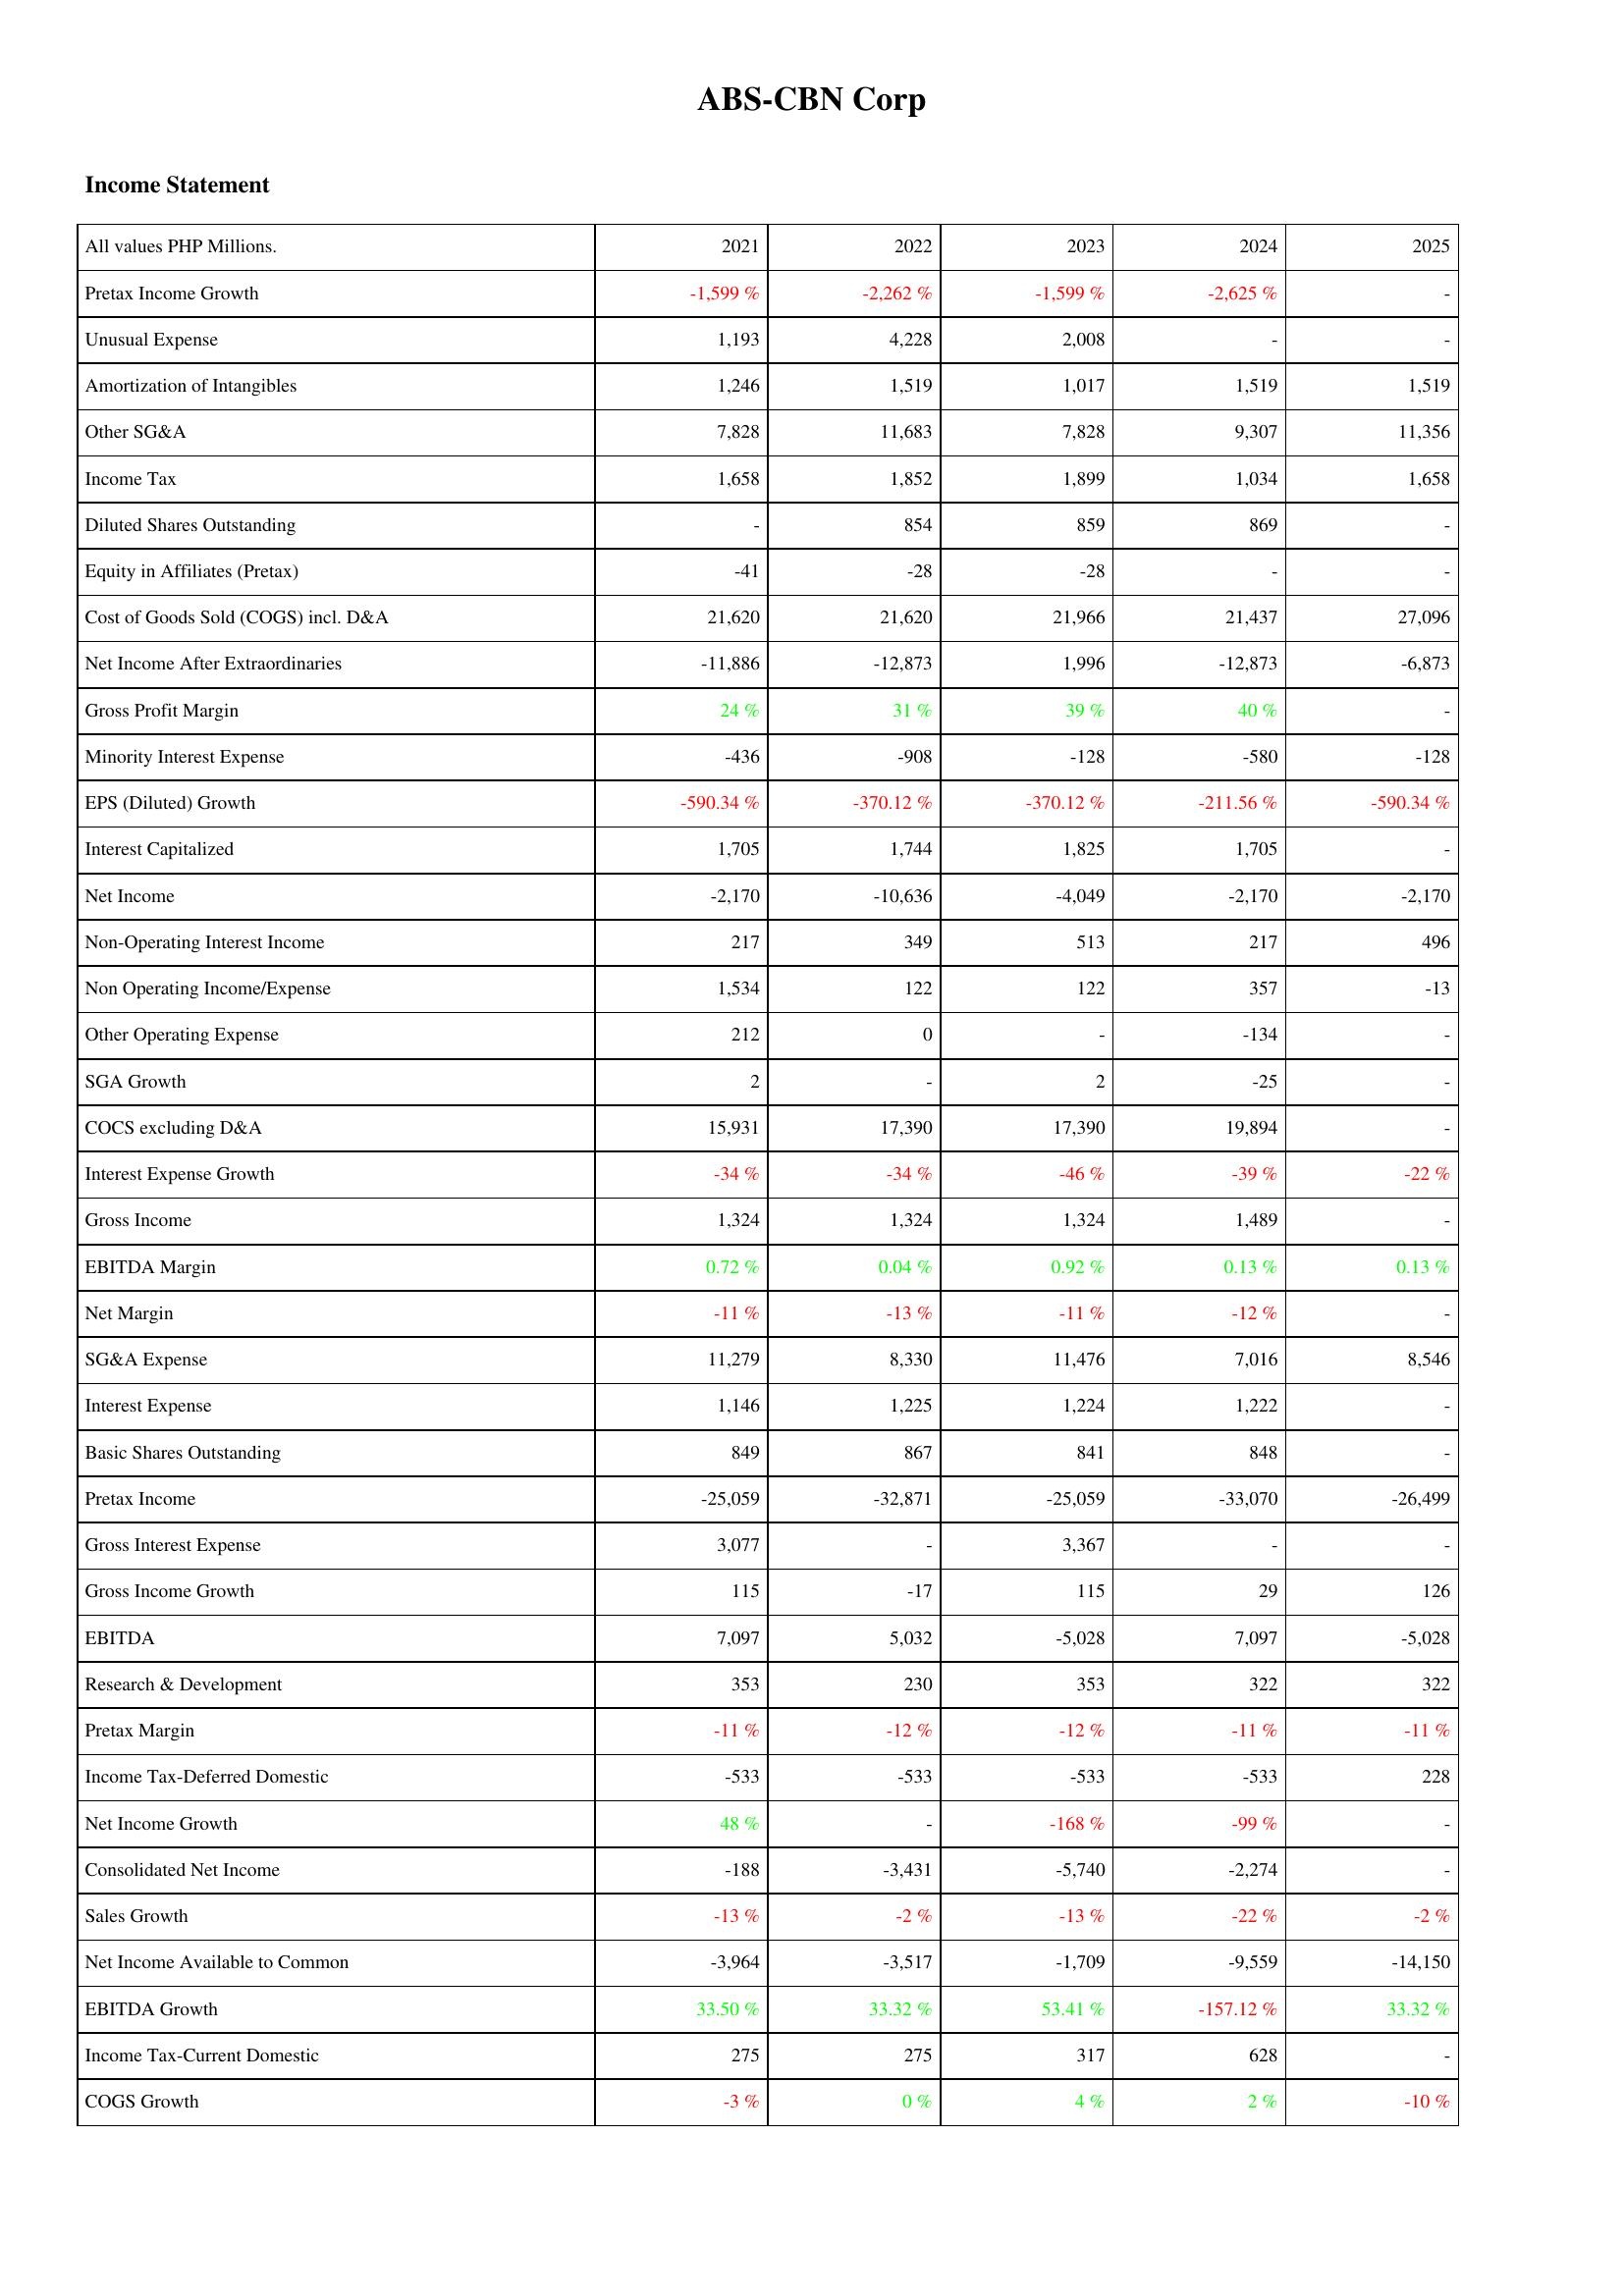
2021: Income Statement: Pretax Income Growth: -1,599 %
Unusual Expense: 1,193
Amortization of Intangibles: 1,246
Other SG&A: 7,828
Income Tax: 1,658
Diluted Shares Outstanding: -
Equity in Affiliates (Pretax): -41
Cost of Goods Sold (COGS) incl. D&A: 21,620
Net Income After Extraordinaries: -11,886
Gross Profit Margin: 24 %
Minority Interest Expense: -436
EPS (Diluted) Growth: -590.34 %
Interest Capitalized: 1,705
Net Income: -2,170
Non-Operating Interest Income: 217
Non Operating Income/Expense: 1,534
Other Operating Expense: 212
SGA Growth: 2
COCS excluding D&A: 15,931
Interest Expense Growth: -34 %
Gross Income: 1,324
EBITDA Margin: 0.72 %
Net Margin: -11 %
SG&A Expense: 11,279
Interest Expense: 1,146
Basic Shares Outstanding: 849
Pretax Income: -25,059
Gross Interest Expense: 3,077
Gross Income Growth: 115
EBITDA: 7,097
Research & Development: 353
Pretax Margin: -11 %
Income Tax-Deferred Domestic: -533
Net Income Growth: 48 %
Consolidated Net Income: -188
Sales Growth: -13 %
Net Income Available to Common: -3,964
EBITDA Growth: 33.50 %
Income Tax-Current Domestic: 275
COGS Growth: -3 %
2022: Income Statement: Pretax Income Growth: -2,262 %
Unusual Expense: 4,228
Amortization of Intangibles: 1,519
Other SG&A: 11,683
Income Tax: 1,852
Diluted Shares Outstanding: 854
Equity in Affiliates (Pretax): -28
Cost of Goods Sold (COGS) incl. D&A: 21,620
Net Income After Extraordinaries: -12,873
Gross Profit Margin: 31 %
Minority Interest Expense: -908
EPS (Diluted) Growth: -370.12 %
Interest Capitalized: 1,744
Net Income: -10,636
Non-Operating Interest Income: 349
Non Operating Income/Expense: 122
Other Operating Expense: 0
SGA Growth: -
COCS excluding D&A: 17,390
Interest Expense Growth: -34 %
Gross Income: 1,324
EBITDA Margin: 0.04 %
Net Margin: -13 %
SG&A Expense: 8,330
Interest Expense: 1,225
Basic Shares Outstanding: 867
Pretax Income: -32,871
Gross Interest Expense: -
Gross Income Growth: -17
EBITDA: 5,032
Research & Development: 230
Pretax Margin: -12 %
Income Tax-Deferred Domestic: -533
Net Income Growth: -
Consolidated Net Income: -3,431
Sales Growth: -2 %
Net Income Available to Common: -3,517
EBITDA Growth: 33.32 %
Income Tax-Current Domestic: 275
COGS Growth: 0 %
2023: Income Statement: Pretax Income Growth: -1,599 %
Unusual Expense: 2,008
Amortization of Intangibles: 1,017
Other SG&A: 7,828
Income Tax: 1,899
Diluted Shares Outstanding: 859
Equity in Affiliates (Pretax): -28
Cost of Goods Sold (COGS) incl. D&A: 21,966
Net Income After Extraordinaries: 1,996
Gross Profit Margin: 39 %
Minority Interest Expense: -128
EPS (Diluted) Growth: -370.12 %
Interest Capitalized: 1,825
Net Income: -4,049
Non-Operating Interest Income: 513
Non Operating Income/Expense: 122
Other Operating Expense: -
SGA Growth: 2
COCS excluding D&A: 17,390
Interest Expense Growth: -46 %
Gross Income: 1,324
EBITDA Margin: 0.92 %
Net Margin: -11 %
SG&A Expense: 11,476
Interest Expense: 1,224
Basic Shares Outstanding: 841
Pretax Income: -25,059
Gross Interest Expense: 3,367
Gross Income Growth: 115
EBITDA: -5,028
Research & Development: 353
Pretax Margin: -12 %
Income Tax-Deferred Domestic: -533
Net Income Growth: -168 %
Consolidated Net Income: -5,740
Sales Growth: -13 %
Net Income Available to Common: -1,709
EBITDA Growth: 53.41 %
Income Tax-Current Domestic: 317
COGS Growth: 4 %
2024: Income Statement: Pretax Income Growth: -2,625 %
Unusual Expense: -
Amortization of Intangibles: 1,519
Other SG&A: 9,307
Income Tax: 1,034
Diluted Shares Outstanding: 869
Equity in Affiliates (Pretax): -
Cost of Goods Sold (COGS) incl. D&A: 21,437
Net Income After Extraordinaries: -12,873
Gross Profit Margin: 40 %
Minority Interest Expense: -580
EPS (Diluted) Growth: -211.56 %
Interest Capitalized: 1,705
Net Income: -2,170
Non-Operating Interest Income: 217
Non Operating Income/Expense: 357
Other Operating Expense: -134
SGA Growth: -25
COCS excluding D&A: 19,894
Interest Expense Growth: -39 %
Gross Income: 1,489
EBITDA Margin: 0.13 %
Net Margin: -12 %
SG&A Expense: 7,016
Interest Expense: 1,222
Basic Shares Outstanding: 848
Pretax Income: -33,070
Gross Interest Expense: -
Gross Income Growth: 29
EBITDA: 7,097
Research & Development: 322
Pretax Margin: -11 %
Income Tax-Deferred Domestic: -533
Net Income Growth: -99 %
Consolidated Net Income: -2,274
Sales Growth: -22 %
Net Income Available to Common: -9,559
EBITDA Growth: -157.12 %
Income Tax-Current Domestic: 628
COGS Growth: 2 %
2025: Income Statement: Pretax Income Growth: -
Unusual Expense: -
Amortization of Intangibles: 1,519
Other SG&A: 11,356
Income Tax: 1,658
Diluted Shares Outstanding: -
Equity in Affiliates (Pretax): -
Cost of Goods Sold (COGS) incl. D&A: 27,096
Net Income After Extraordinaries: -6,873
Gross Profit Margin: -
Minority Interest Expense: -128
EPS (Diluted) Growth: -590.34 %
Interest Capitalized: -
Net Income: -2,170
Non-Operating Interest Income: 496
Non Operating Income/Expense: -13
Other Operating Expense: -
SGA Growth: -
COCS excluding D&A: -
Interest Expense Growth: -22 %
Gross Income: -
EBITDA Margin: 0.13 %
Net Margin: -
SG&A Expense: 8,546
Interest Expense: -
Basic Shares Outstanding: -
Pretax Income: -26,499
Gross Interest Expense: -
Gross Income Growth: 126
EBITDA: -5,028
Research & Development: 322
Pretax Margin: -11 %
Income Tax-Deferred Domestic: 228
Net Income Growth: -
Consolidated Net Income: -
Sales Growth: -2 %
Net Income Available to Common: -14,150
EBITDA Growth: 33.32 %
Income Tax-Current Domestic: -
COGS Growth: -10 %